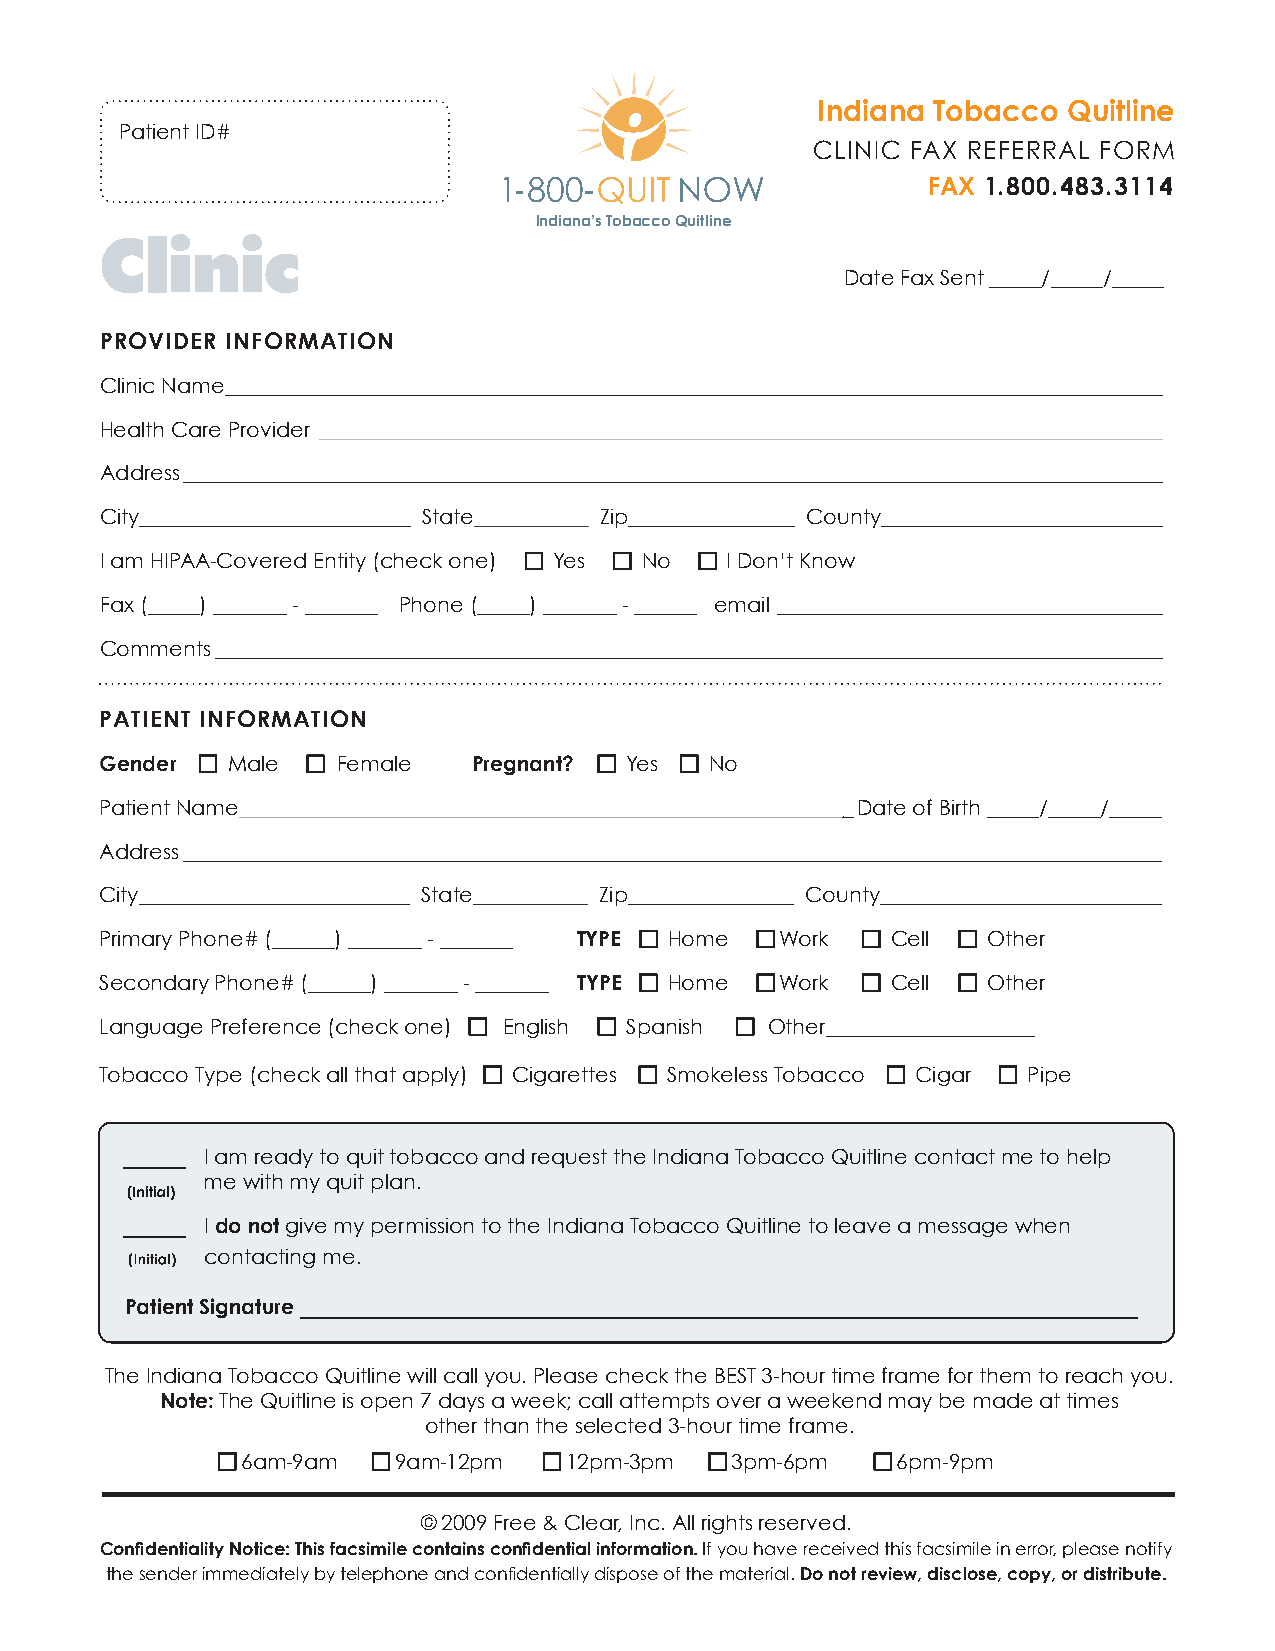
Indiana Tobacco  Quitline
 Patient ID#
 CLINIC FAX REFERRAL FORM
 FAX 1.800.483.3114
 Indiana’s Tobacco Quitline
 Clinic
 Date Fax Sent _____/_____/_____
 PROVIDER INFORMATION
 Clinic Name __________________________________________________________________________________________
 HHHeeeaaalllttthhh CCCaaarrreee PPPrrrooovvviiidddeeerrr __________________________________________________________________________________________________________________________________________________________________
 Address ______________________________________________________________________________________________
 City__________________________ Stattteee_________________________________ Zip________________ County___________________________
 I am HIPAA-Covered Entity(check one) ■ Yes ■ No ■ I Don’t Know
 Faaaxxx ((__________)) ______________ -- _______ Phone (_____) _______ - ______ email _____________________________________
 Comments ___________________________________________________________________________________________
 PATIENT INFORMATION
 GGGeeennndddeeerrr ■ Male ■ Female Pregnant? ■ Yes ■ No
 PPPaaatttiiieeennnttt NNNaaammmeee________________________________________________________________________________________________________________________________________________________________________________Date of Birth _____/_____/_____
 Address ______________________________________________________________________________________________
 City__________________________ Stattteee_________________________________ Zip________________ County___________________________
 Primary Phone# (______) _______ - _______ TYPE ■ Home ■Work ■ Cell ■ Other
 Secondary Phone# (______) _______ - _______ TYPE ■ Home ■Work ■ Cell ■ Other
 Language Preference (check one) ■ English ■ Spanish ■ Other____________________
 Tobacco Type (check all that apply) ■ Cigarettes ■ Smokeless Tobacco ■ CCCiiigggaaarrr ■ Pipe
 _____ I am ready to quit tobacco and request theIndiana Tobacco Quitline contact me to help
 mmmeee wwwiiittthhh mmmyyy qqquuuiiittt ppplllaaannn...
 ((IInniittiiaall))
 _____ I do not give my permission to the Indiana Tobacco Quitline to leave a message when
 (Initial) cccooonnntttaaaccctttiiinnnggg mmmeee...
 Patient Signature ___________________________________________________________________
 The Indiana Tobacco Quitline will call you. Please check the BEST 3-hour time frame for them to reach you.
 Note: The Quitline is open 7 days a week; call attempts over a weekend may be made at times
 other than the selected 3-hour time frame.
 ■6am-9am  ■9am-12pm  ■12pm-3pm  ■3pm-6pm   ■6pm-9pm
 © 2009 Free & Clear, Inc. All rights reserved.
 Confi dentiality Notice: This facsimile contains confi dential information. If you have received this facsimile in error, please notify
 the sender immediately by telephone and confi dentially dispose of the material.Do not review, disclose, copy, or distribute.